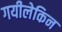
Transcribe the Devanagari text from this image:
गयीलेकिन